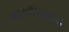
માતાપિતાઓએ